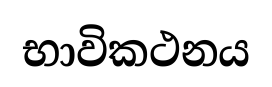
භාවිකථනය